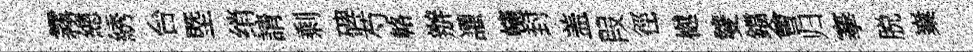
霧總綉台塈绡請剩碑芍輅辦讙幰封盖叚徑樾雙鐺㑹归搴脱嶪